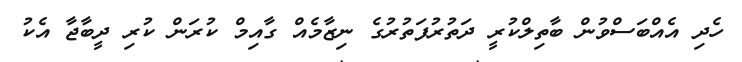
ހެދި އެއްބަސްވުން ބާތިލްކުރީ ދަތުރުފަތުރުގެ ނިޒާމެއް ގާއިމް ކުރަން ކުރި ދީބާޖާ އެކު